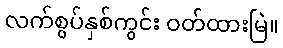
လက်စွပ်နှစ်ကွင်း ဝတ်ထားမြဲ။